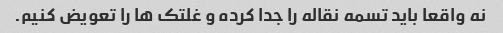
نه واقعا باید تسمه نقاله را جدا کرده و غلتک ها را تعویض کنیم.